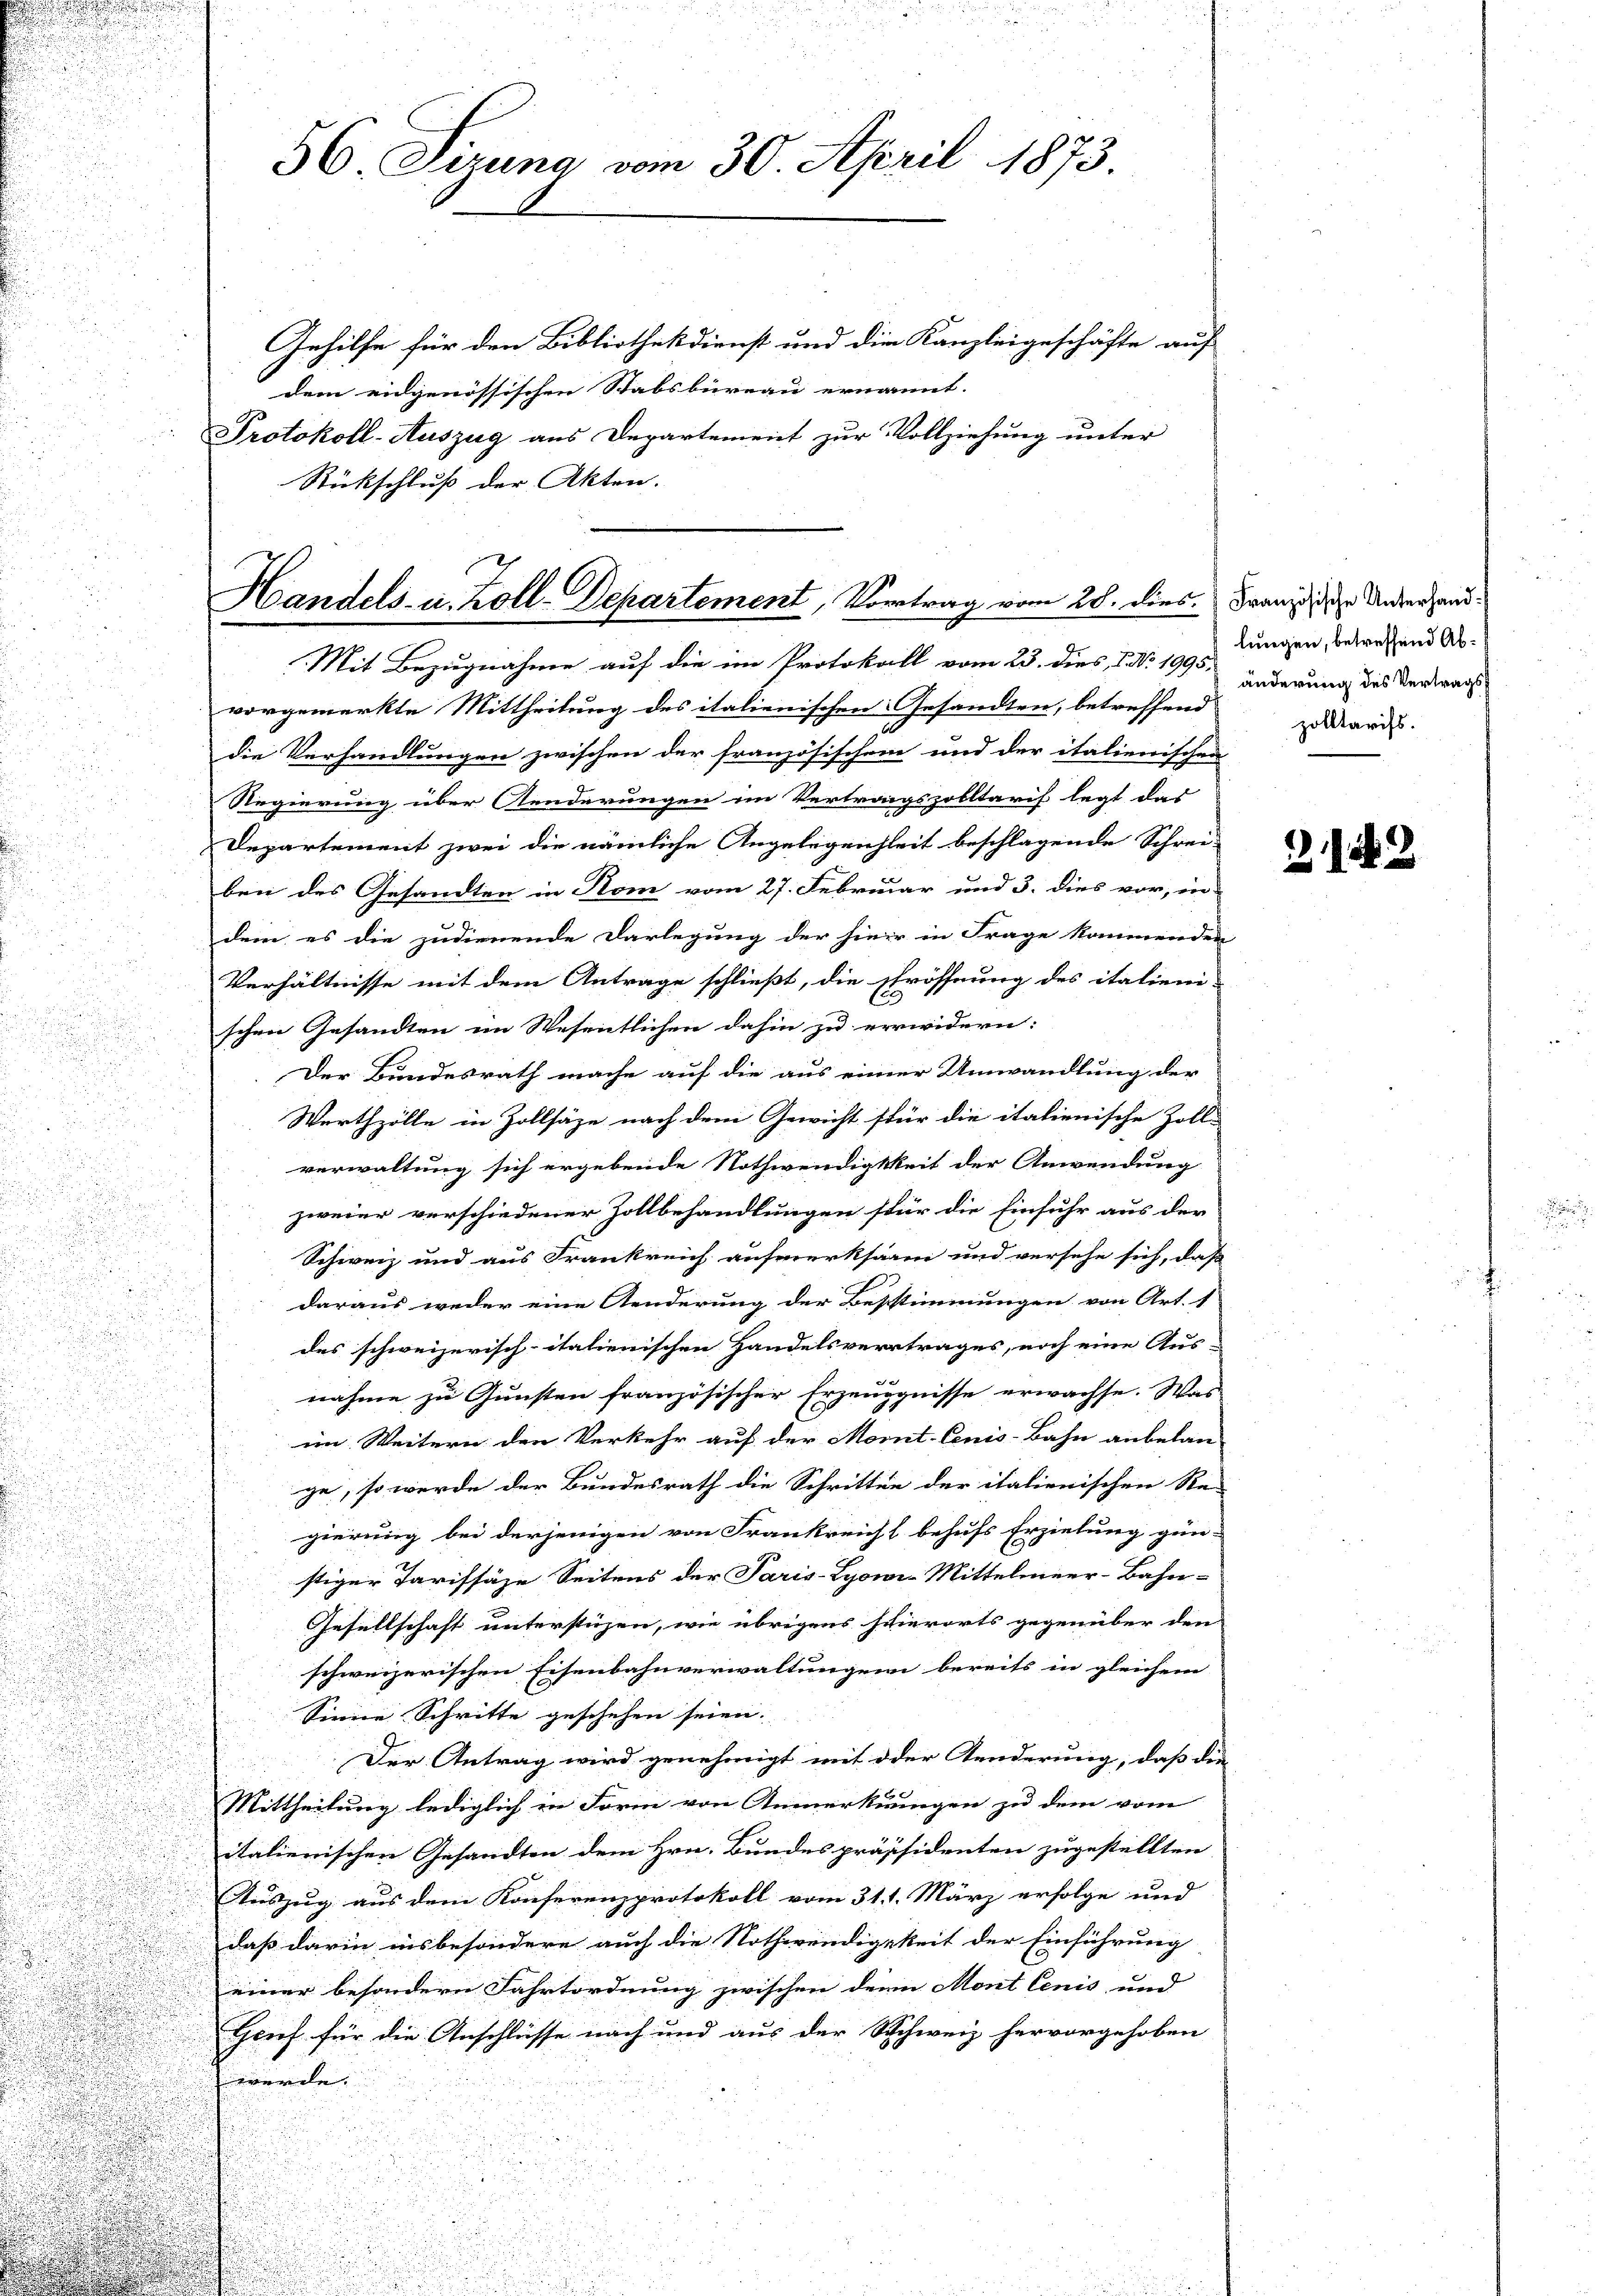
u
vorgemerkte Mittheilung des italienischen Gesandten, betreffend
n
die Verhandlungen zwischen der französischem und der italienischen
Regierung über Aenderungen im Vertragszolltarif legt das
Departement zwei die nämliche Angelegenheit beschlagende Schrei-
bei des Gesandten in Rom vom 27. Februar und 3. dies vor, in
dem es die zudienende Darlegung der hier in Frage kommenden
Verhältnisse mit dem Antrage schließt, die Eröffnung des italieni-
u
schen Gesandten im Wesentlichen dahin zu erwidern:
u
.
Der Bundesrath mache auf die aus einer Umwandlung der
u
u

.
Werthzölle in Zollsäze nach dem Gewicht für die italienische Zoll-

.
n
.
verwaltung sich ergebende Nothwendigkeit der Anwendung

n

 . . .
u
zweier verschiedener Zollbehandlungen stür die Einfuhr aus der
n

2
.
.

Schweiz und aus Frankreich aufmerksarm und versehe sich, daß

d

u
d
daraus weder eine Aenderung der Bestimmungen von Art. 1
d
u
.
.

des schweizerisch-italienischen Handelsvertrages, noch eine Aus-
n
u
nahme zu Gunsten französischer Erzeuggnisse erwachse. Was
im Weitern den Verkehr auf der Mornt-Cenis-Bahn anbelan-
ge, so werde der Bundesrath die Schritten der italienischen Re-
gierung bei derjenigen von Frankreicht behufs Erzielung gün-
stiger Tarifsäse Seitens der Paris-Lyowi-Mittelmeer-Bahn-
Gesellschaft unterstüzen, wie übrigens schierorts gegenüber den
schweizerischen Eisenbahnverwaltungen bereits in gleichem
Sinne Schritte geschehen seien.
Der Antrag wird genehmigt mit der Aenderung, daß die
Mittheilung lediglich in Form von Anmerkungen zu dem vom
italienischen Gesandten dem Hrn. Bundespräsidenten zugestellten
Auszug aus dem Konferenzprotokoll vom 31. 1. März erfolge und
daß darin insbesondere auch die Nothwendigkeit der Einführung
einer besondern Fahrtordnung zwischen denn Mont lenis und
Genf für die Anschlüsse nach und aus der Schweiz hervorgehoben
werde.

36. Sirung vom 30. April 1873.

Gehilfe für den Bibliothekdienst und die Kanzleigeschäfte auf
dem eidgenössischen Stabsbureau ernannt.
Protokoll-Auszug aus Departement zur Vollziehung unter
Rückschluß der Akten.

Handels- u. Zoll-Departement, Vortrag vom 28. dies.
Mit Bezugnahme auf die im Protokoll vom 23. dies N. N. 199 änderung des Verwacht

Französische Unterhandlungen, betreffend Abzolltarifs.

2